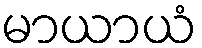
မာယာယံ